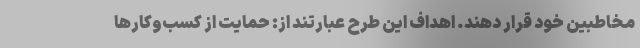
مخاطبین خود قرار دهند. اهداف این طرح عبارتند از: حمایت از کسب‌و‌کارها